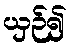
ယှဉ်၍